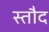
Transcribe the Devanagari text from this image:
स्तौद